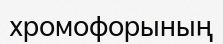
хромофорының